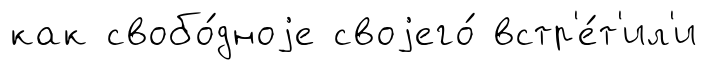
как свобо́дноjе своjего́ встр'е́т'ил'и